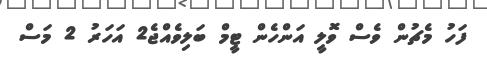
ފަހު މެޗުން ވެސް ވޮލީ އަންހެން ޓީމް ބަލިވެއްޖެ2 އަހަރު 2 މަސް